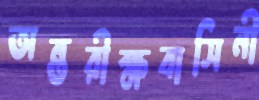
অন্তরীক্ষবাসিনী